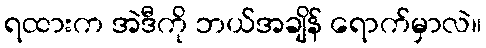
ရထားက အဲဒီကို ဘယ်အချိန် ရောက်မှာလဲ။